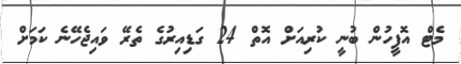
މެޓް އޮފީހުން ބުނީ ކުރިއަށް އޮތް 24 ގަޑިއިރުގެ ތެރޭ ވައިޖެހޭނެ ކަމަށް